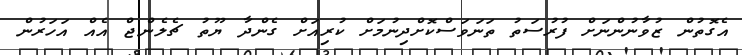
އެގޮތުން ޒުވާނުންނަށް ފުރުސަތު ތަނަވަސްކޮށްދިނުމަށް ކުރިއަށް ގެންދާ ޔޫތު ޗެލެންޖް އެއް އަހަރުން